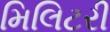
મિલિટરી